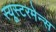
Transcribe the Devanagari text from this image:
स्यूस्टरमेन्स